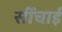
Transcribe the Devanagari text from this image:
सींचाई